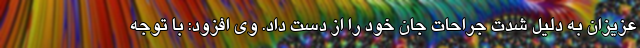
عزیزان به دلیل شدت جراحات جان خود را از دست داد. وی افزود: با توجه